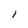
Character: l